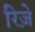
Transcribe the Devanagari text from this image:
रिज़े